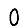
Digit: 0